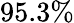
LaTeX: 95.3\%